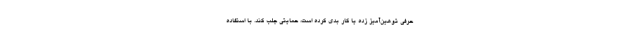
حرفی توهین‌آمیز زده یا کار بدی کرده است، حمایتی جلب کند. با استفاده